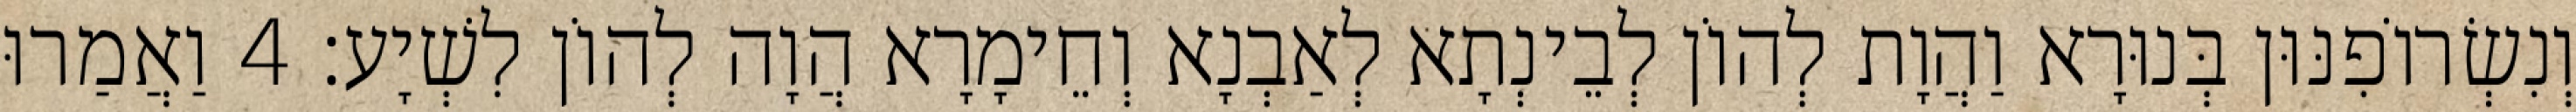
וְנִשְׂרוֹפִנּוּן בְּנוּרָא וַהֲוָת לְהוֹן לְבֵינְתָא לְאַבְנָא וְחֵימָרָא הֲוָה לְהוֹן לִשְׁיָע׃ 4 וַאֲמַרוּ